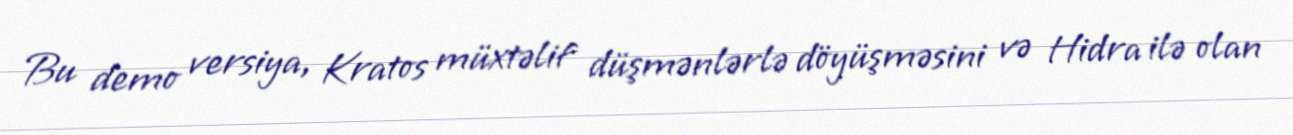
Bu demo versiya, Kratos müxtəlif düşmənlərlə döyüşməsini və Hidra ilə olan